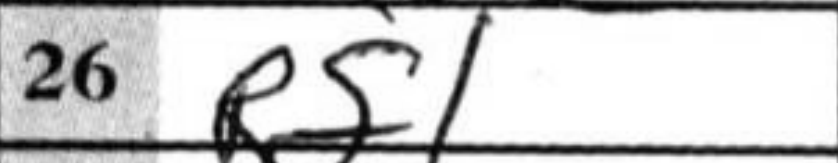
Transcription: Rf1